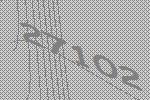
27102